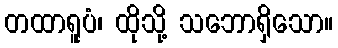
တထာရူပံ၊ ထိုသို့ သဘောရှိသော။